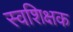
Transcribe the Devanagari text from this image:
स्वशिक्षक